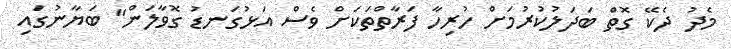
މެދު ދެކޭ ގޮތް ބަދަލުކުރުމަށް ހުރިހާ ފަރާތްތަކަށް ވެސް އަޅުގަނޑު ގޮވާލަން" ބަޔާނުގައި